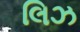
લિઝ